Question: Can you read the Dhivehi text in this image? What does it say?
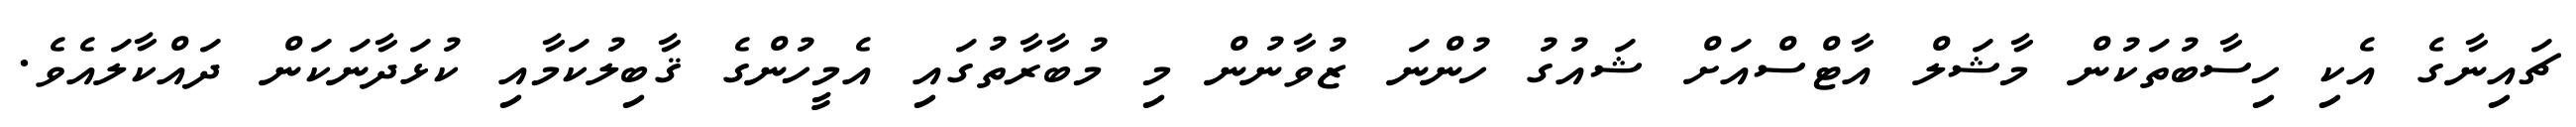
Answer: ޗައިނާގެ އެކި ހިސާބުތަކުން މާޝަލް އާޓްސްއަށް ޝައުގު ހުންނަ ޒުވާނުން މި މުބާރާތުގައި އެމީހުންގެ ޤާބިލުކަމާއި ކުޅަދާނަކަން ދައްކާލައެވެ.